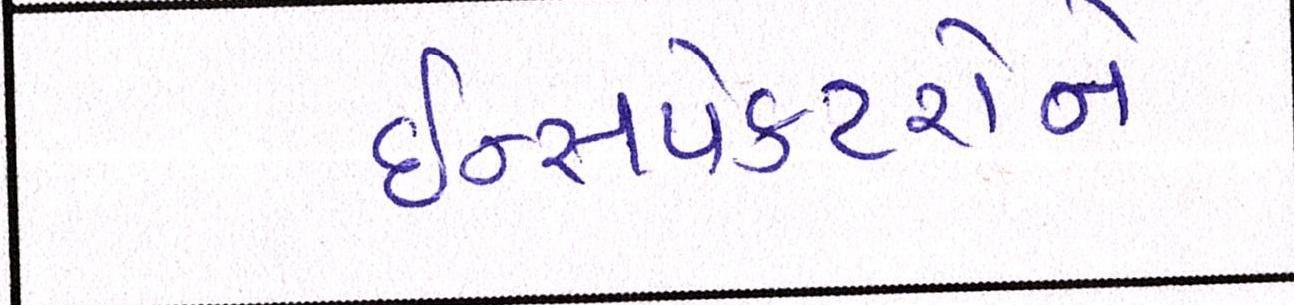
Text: ઈન્સપેકટરોને